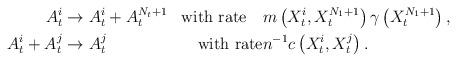
LaTeX: \begin{align*}\begin{aligned} A^i_t &\to A^i_t+A^{N_t+1}_t &\mbox{with rate} \quad& m\left(X_t^i,X_t^{N_1+1}\right)\gamma\left(X_t^{N_1+1}\right),\\ A^i_t+A^j_t &\to A^j_t &\mbox{with rate} &n^{-1}c\left(X^i_t,X^j_t\right).\end{aligned} \end{align*}